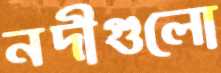
নদীগুলো